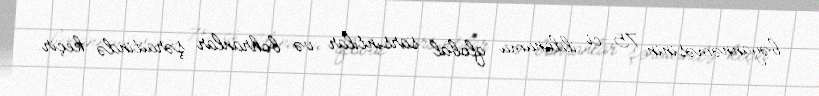
bəyannəməsinin 75-ci ildönümü qlobal sarsıntılar və böhranlar şəraitində keçir.